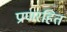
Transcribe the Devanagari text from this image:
प्राणरहित